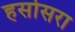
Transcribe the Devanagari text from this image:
हसोसरा